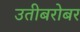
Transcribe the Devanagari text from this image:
उतीबरोबर